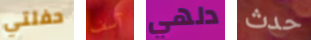
حفلتي آسف دلهي حدث